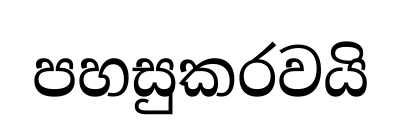
පහසුකරවයි